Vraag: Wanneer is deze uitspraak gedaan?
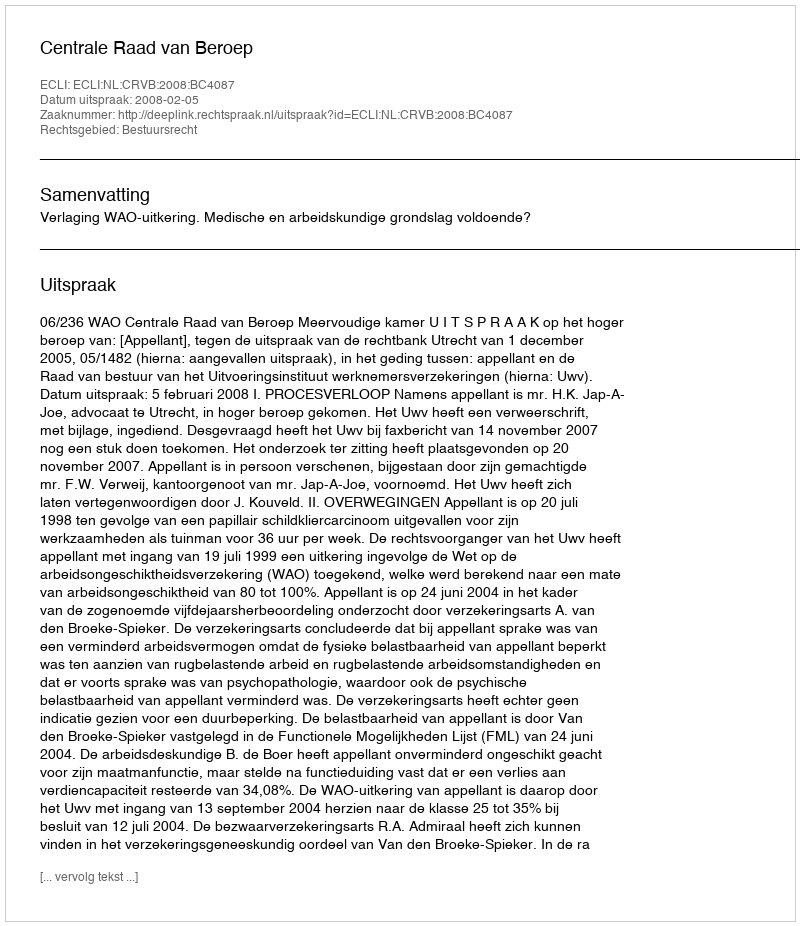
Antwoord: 2008-02-05